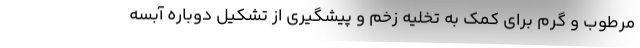
مرطوب و گرم برای کمک به تخلیه زخم و پیشگیری از تشکیل دوباره آبسه